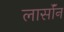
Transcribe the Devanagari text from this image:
लार्सॉन